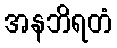
အနဘိရတံ